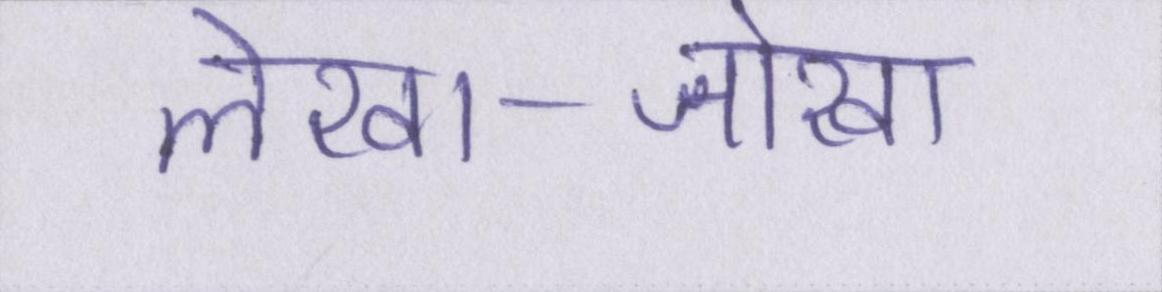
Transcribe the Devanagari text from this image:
लेखा-जोखा